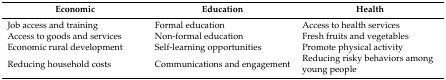
| Economic | Education | Health |
 | --- | --- | --- |
 | Job access and training | Formal education | Access to health services |
 | Access to goods and services | Non-formal education | Fresh fruits and vegetables |
 | Economic rural development | Self-learning opportunities | Promote physical activity |
 | Reducing household costs | Communications and engagement | Reducing risky behaviors among young people |